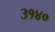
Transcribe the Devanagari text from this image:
३१४०